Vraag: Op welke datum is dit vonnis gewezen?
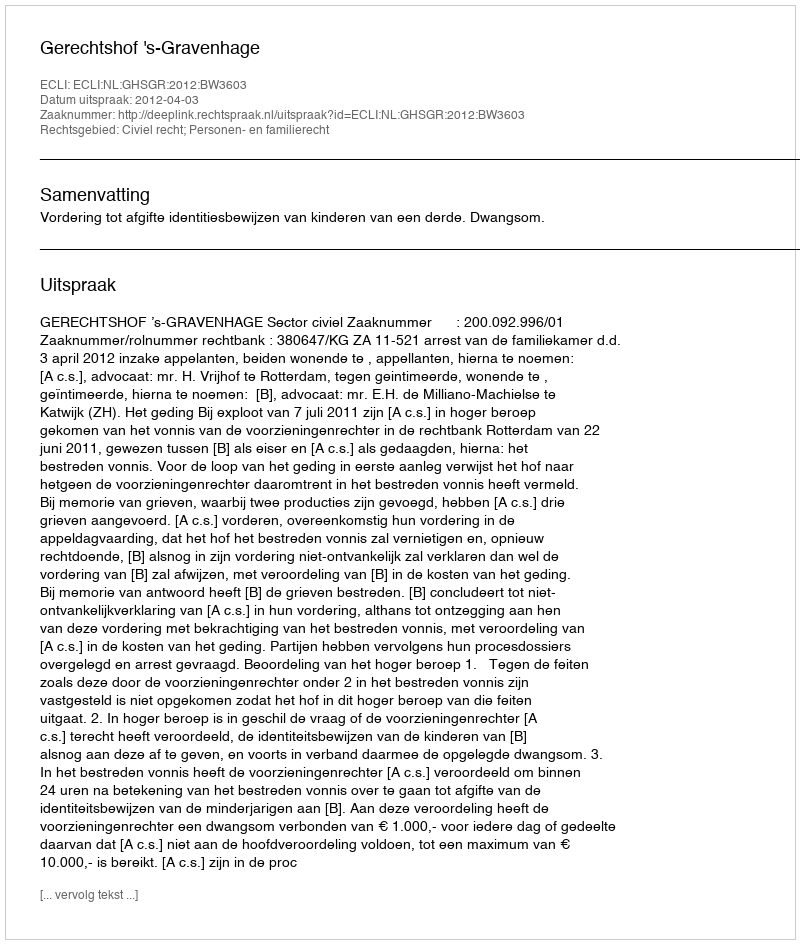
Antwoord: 2012-04-03